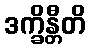
ဒက္ခိန္တီတိ